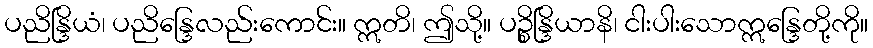
ပညိန္ဒြိယံ၊ ပညိန္ဒြေလည်းကောင်း။ ဣတိ၊ ဤသို့။ ပဉ္စိန္ဒြိယာနိ၊ ငါးပါးသောဣန္ဒြေတို့ကို။